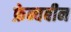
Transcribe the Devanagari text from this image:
फ्रेन्चबीन